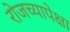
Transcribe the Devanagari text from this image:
रोजच्यापेक्षा